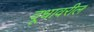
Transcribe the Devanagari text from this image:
दूधावरील